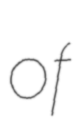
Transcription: of